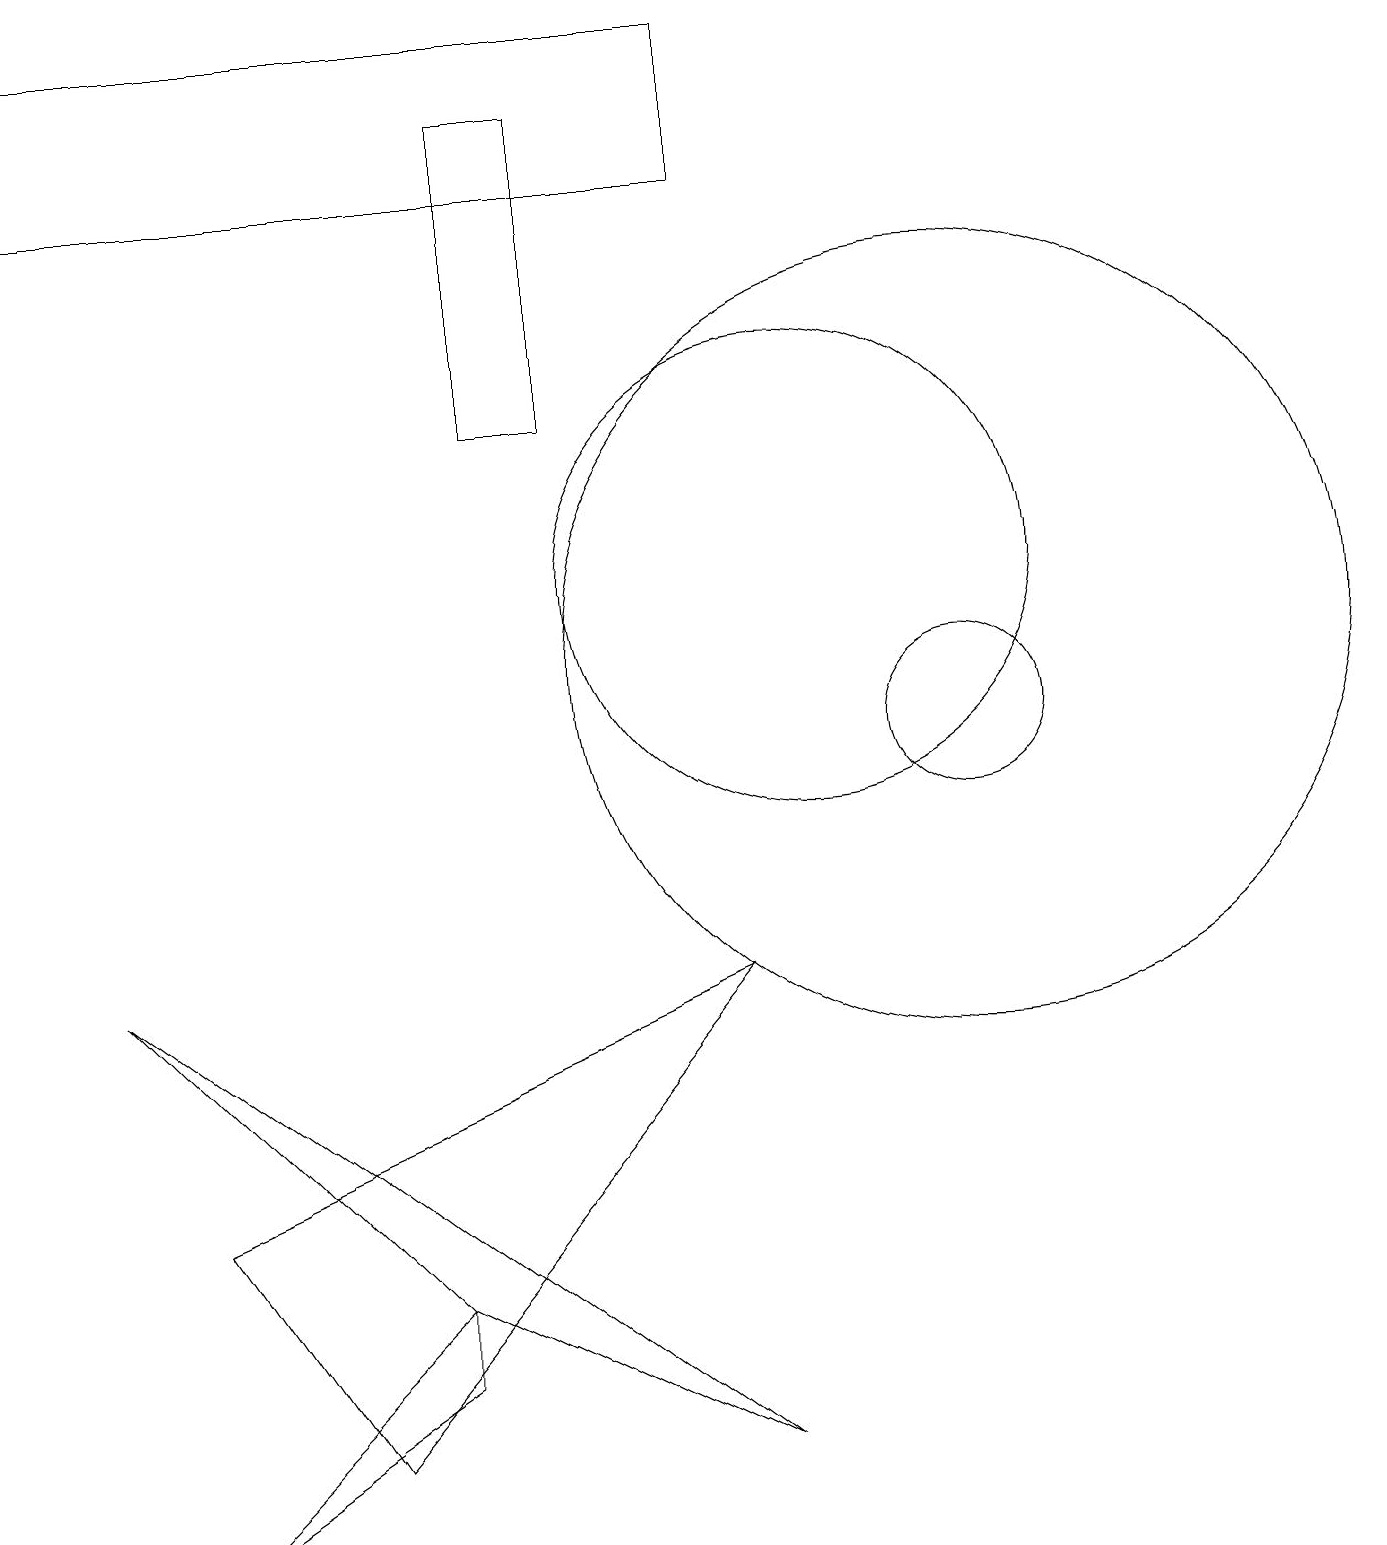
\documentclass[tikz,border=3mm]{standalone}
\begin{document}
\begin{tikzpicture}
\draw (7,18) rectangle (6,14);
\draw (12,10) circle (1);
\draw (12,11) circle (5);
\draw (5,3) -- (2,0) -- (5,2) -- cycle;
\draw (9,7) -- (4,1) -- (2,4) -- cycle;
\draw (5,3) -- (1,7) -- (9,1) -- cycle;
\draw (10,12) circle (3);
\draw (9,19) rectangle (0,17);
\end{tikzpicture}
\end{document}